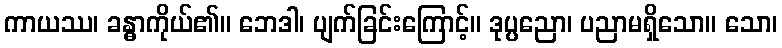
ကာယဿ၊ ခန္ဓာကိုယ်၏။ ဘေဒါ၊ ပျက်ခြင်းကြောင့်။ ဒုပ္ပညော၊ ပညာမရှိသော။ သော၊